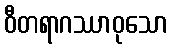
ဝီတရာဂဿာဝုသော